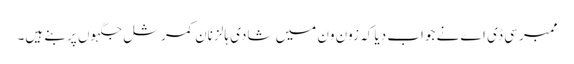
ممبر سی ڈی اے نے جواب دیا کہ زون ون میں شادی ہالز نان کمرشل جگہوں پر بنے ہیں۔